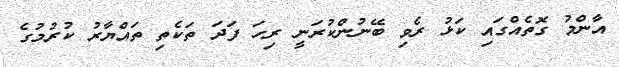
އާންމު ގޮތެއްގައި ކަޅު ރެވި ބޭނުންކުރަނީ ރިހަ ފަދަ ތަކެތި ތައްޔާރު ކުރުމުގެ